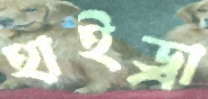
হাইড্রা